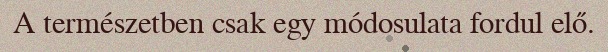
A természetben csak egy módosulata fordul elő.